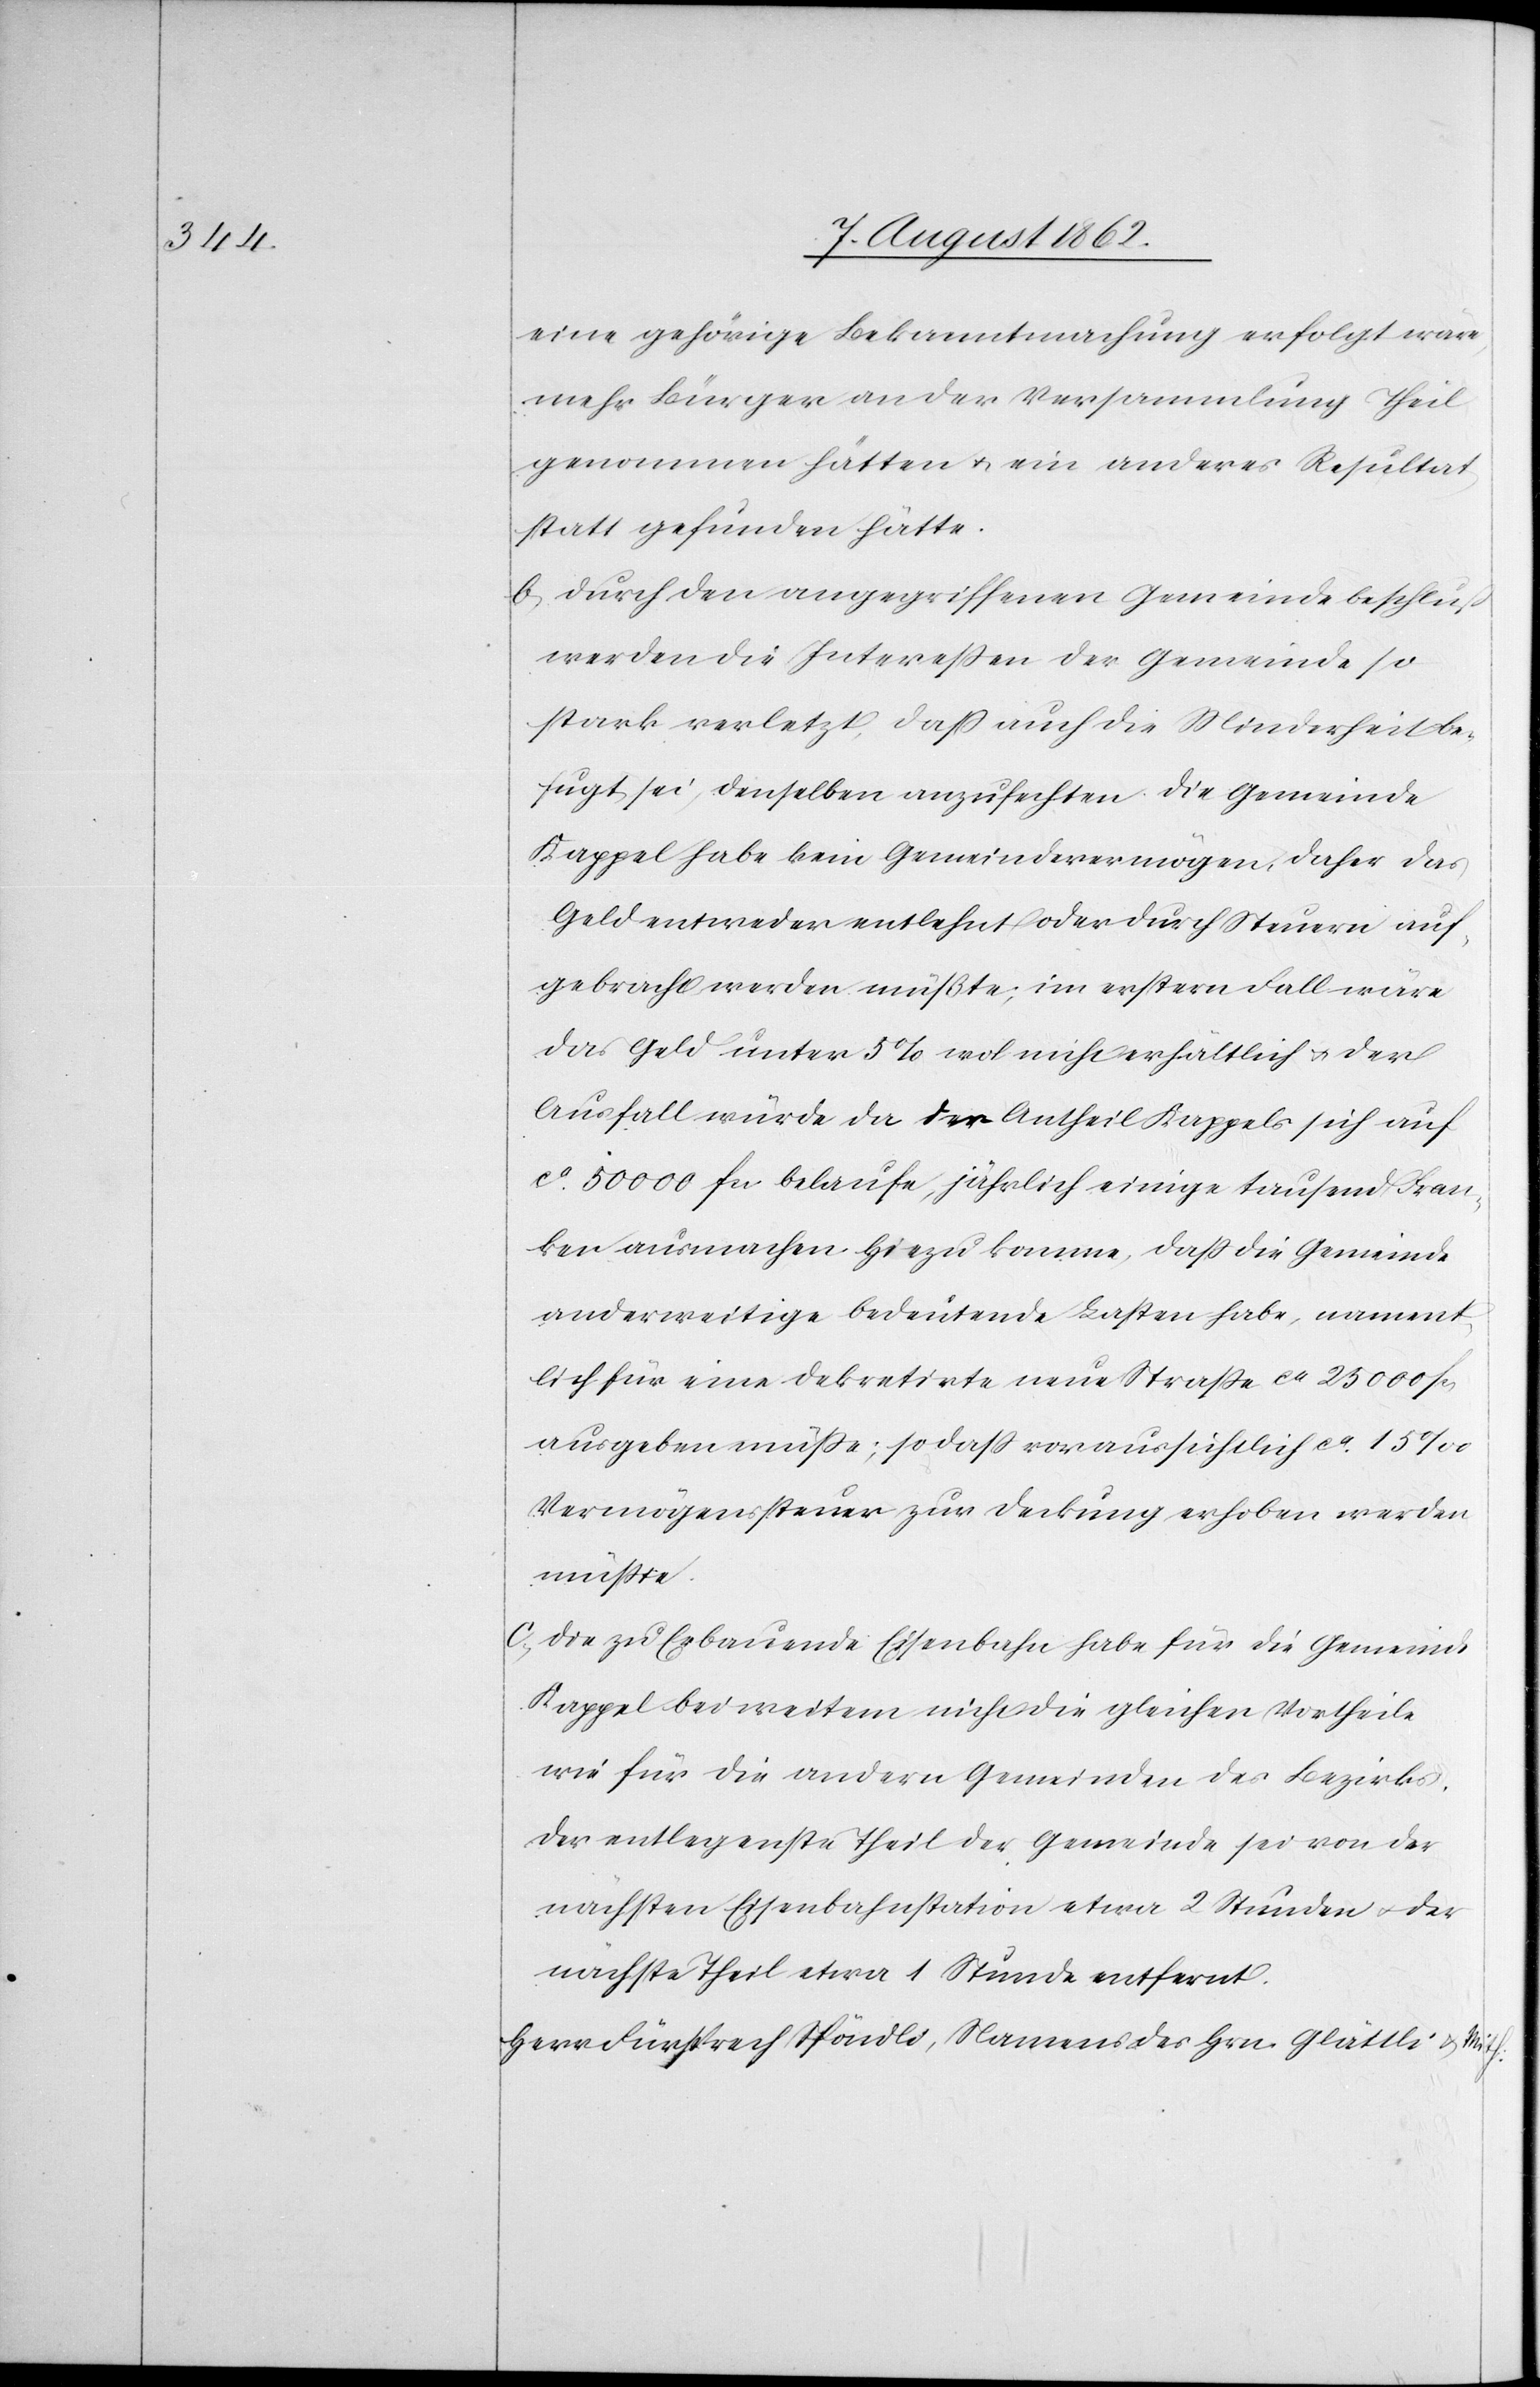
eine gehörige Bekanntmachung erfolgt wäre,
mehr Bürger an der Versammlung Theil
genommen hätten u. ein anderes Resultat
statt gefunden hätte.
b. Durch den angegriffenen Gemeindebeschluß
werden die Intereßen der Gemeinde so
stark verletzt, daß auch die Minderheit be¬
fugt sei, denselben anzufechten. Die Gemeinde
Kappel habe beim Gemeindevermögen, daher das
Geld entweder entlehnt oder durch Steuern auf¬
gebracht werden müßte; im erstern Fall wäre
das Geld unter 5% wol nicht erhältlich u. der
Ausfall würde da der Antheil Kappel sich auf
ca 50 000 fcs. belaufe, jährlich einige tausend Fran¬
ken ausmachen. Hiezu komme, daß die Gemeinde
anderweitige bedeutende Lasten habe, nament¬
lich für eine dekretirte neue Straße ca 25 000 fr.
ausgeben müßte; so daß vorraussichtlich ca 15‰
Vermögenssteuer zur Deckung erhoben werden
müßte.
c. Die zu Erbauende Eisenbahn habe für die Gemeinde
Kappel bei weitem nicht die gleichen Vortheile
wie für die andern Gemeinden des Bezirks,
der entlegenste Theil der Gemeinde sei von der
nächsten Eisenbahnstation etwa 2 Stunden u. der
nächste Theil etwa 1 Stunde entfernt.
Herrn Fürsprech Spöndli, Namens des Hrn. Glättli u. Mith.